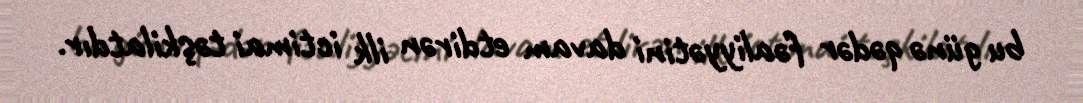
bu günə qədər fəaliyyətini davam etdirən ilk ictimai təşkilatdır.